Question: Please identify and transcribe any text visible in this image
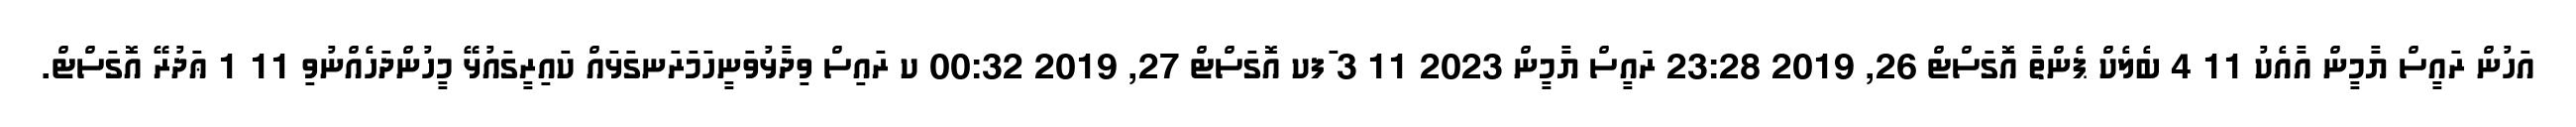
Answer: އަހުން ރައީސް ޔާމީން އާއެކު 11 4 ބެލެކް ޕެންތާ އޮގަސްޓް 26, 2019 23:28 ރައީސް ޔާމީން 2023 11 3 ަފކ އޮގަސްޓް 27, 2019 00:32 ކ ރައިސް ވިދާޅުވަނީހަމަރަނގަޅައް ކައިރީގައުޅޭ މީހުންދަހެއްނުވި 11 1 ޢަދުރޭ އޮގަސްޓް.